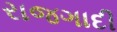
રાજગાદી